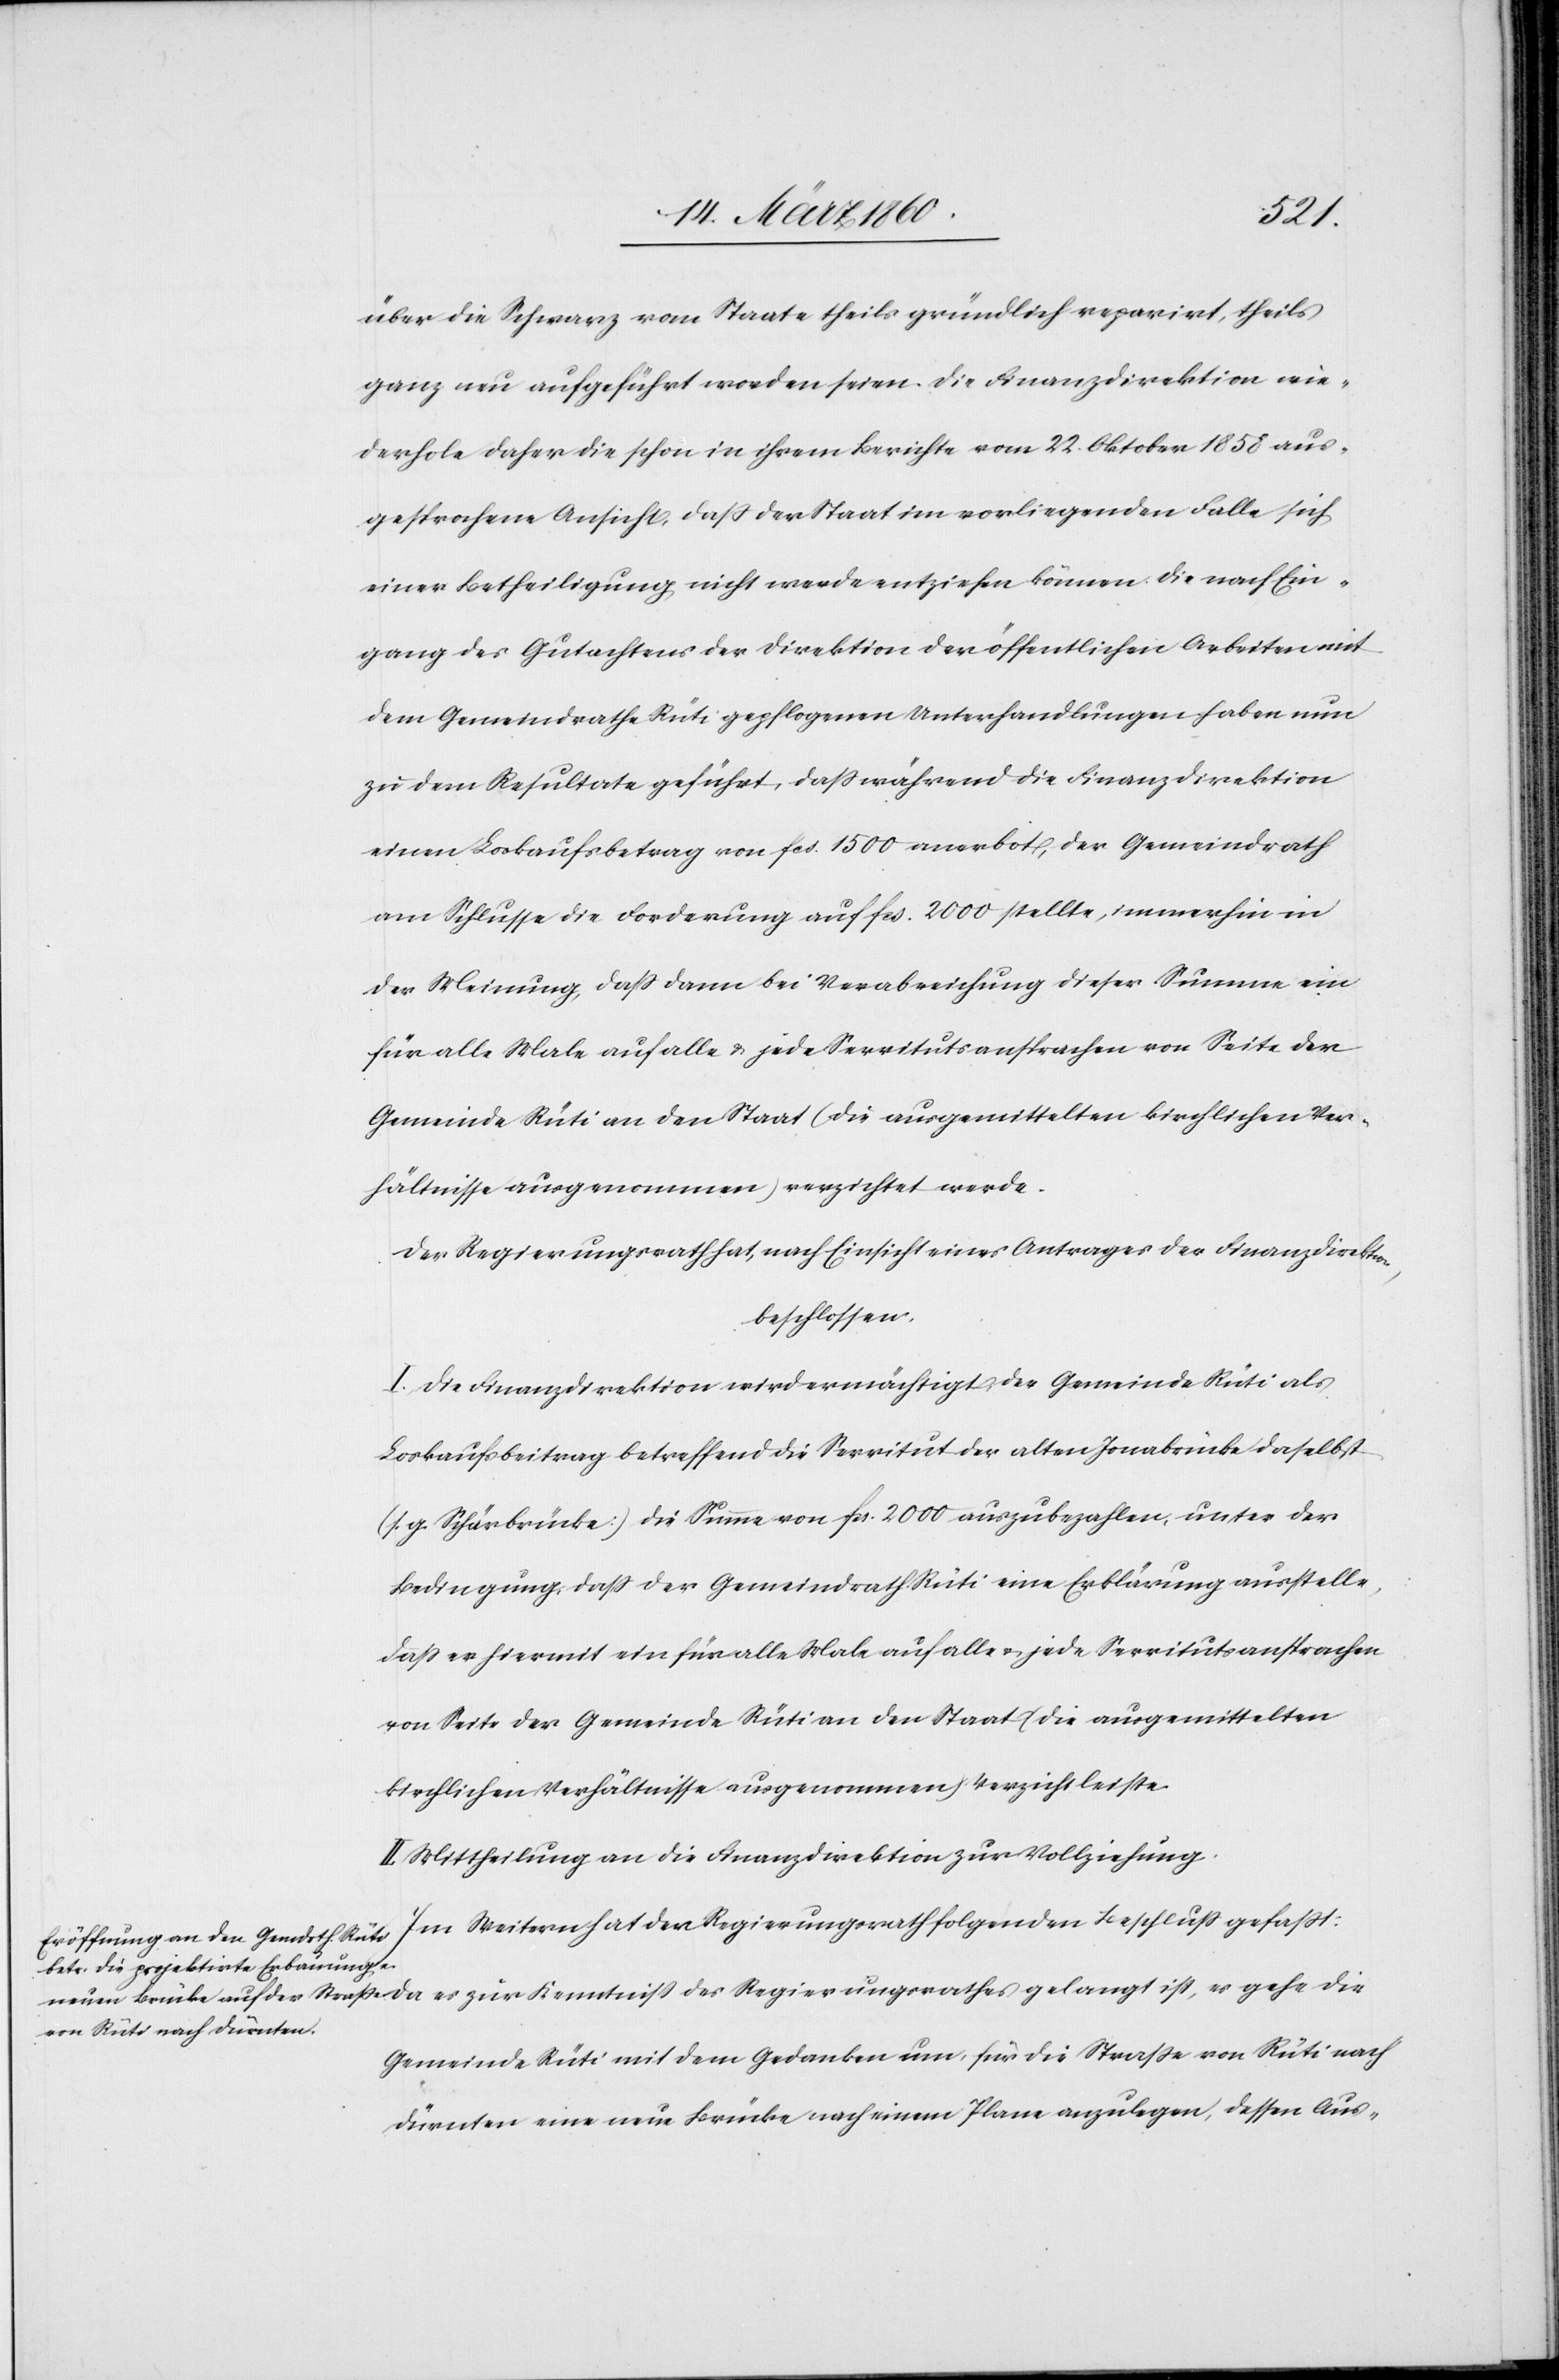
die
über die Schwarz vom Staate theils gründlich reparirt, theils
ganz neu aufgeführt worden seien. Die Finanzdirektion wie¬
derhole daher die schon in ihrem Berichte vom 22. Oktober 1858 aus¬
gesprochene Ansicht, dass der Staat im vorliegenden Falle sich
einer Betheiligung nicht werde entziehen können. Die nach Ein¬
gang des Gutachtens der Direktion der öffentlichen Arbeiten mit
dem Gemeindrathe Rüti gepflogenen Unterhandlungen haben nun
zu dem Resultate geführt, dass während die Finanzdirektion
einen Loskaufsbetrag von fcs. 1500 anerbot, der Gemeindrath
am Schlusse die Forderung auf fcs. 2000 stellte, immerhin in
der Meinung, dass dann die Verabreichung dieser Summe ein
für alle Male auf alle u. jede Servitut ansprachen von Seite der
Gemeinde Rüti an den Staat [die ausgemittelten kirchlichen Ver¬
hältnisse ausgenommen] verzichtet werde.
Der Regierungsrath hat, nach Einsicht eines Antrages der Finanzdirektion,
beschlossen:
I. Die Finanzdirektion wird ermächtigt der Gemeinde Rüti als
Loskaufsbeitrag betreffend die Servitut der alten Jonabrücke daselbst
[s. g. Schärbrücke] die Summe von fcs. 2000 auszubezahlen, unter der
Bedingung, daß der Gemeindrath Rüti eine Erklärung ausstelle,
dass er hiermit ein für alle Male auf alle u. jede Servitutansprachen
von Seite der Gemeinde Rüti an den Staat [die ausgemittelten
kirchlichen Verhältnisse ausgenommen] Verzicht leiste.
II. Mittheilung an die Finanzdirektion zur Vollziehung.
Gemeinde Rüti mit dem Gedanken um, für die Strasse von Rüti nach
Dürnten eine neue Brücke nach einem Plane anzulegen, dessen Aus-